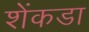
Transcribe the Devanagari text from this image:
शेंकडा